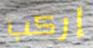
إركب